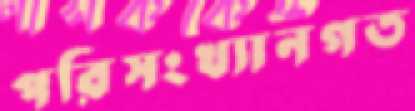
পরিসংখ্যানগত